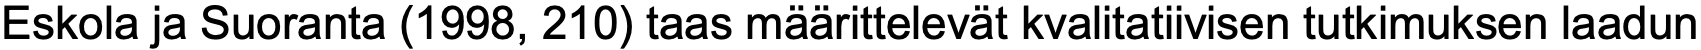
Eskola ja Suoranta (1998, 210) taas määrittelevät kvalitatiivisen tutkimuksen laadun